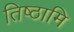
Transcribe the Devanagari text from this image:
तिष्‍ठामि